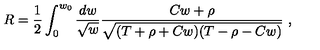
R = \frac { 1 } { 2 } \int _ { 0 } ^ { w _ { 0 } } \frac { d w } { \sqrt { w } } \frac { C w + \rho } { \sqrt { ( T + \rho + C w ) ( T - \rho - C w ) } } \ ,